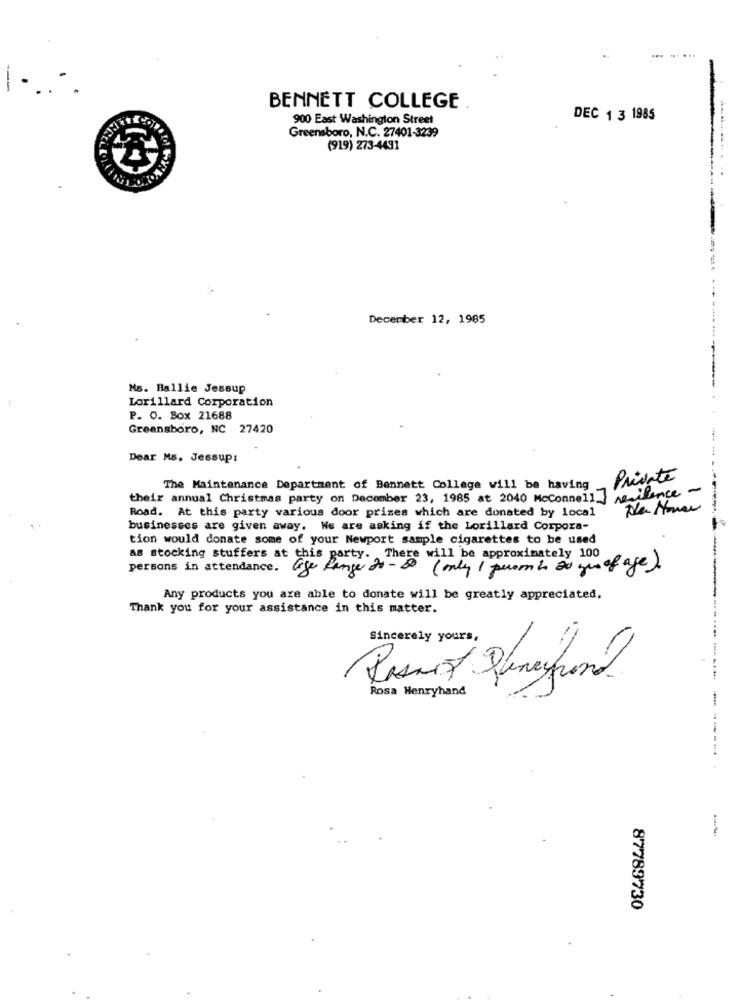
--
BENNETT COLLEGE
900 East Washington Street
DEC 1 3 1985
Greensboro, N.C. 27401-3239
(919) 273-4491
December 12, 1985
Ms. Ballie Jessup
-----
Lorillard Corporation
P. O. Box 21688
Greensboro, NC 27420
Dear Ms. Jessup:
Private
The Maintenance Department of Bennett College will be having
residence -
their annual Christmas party on December 23, 1985 at 2040 McConnell_
Road. At this party various door prizes which are donated by local
businesses are given away. We are asking if the Lorillard Corpora-
tion would donate some of your Newport sample cigarettes to be used
as stocking stuffers at this party. There will be approximately 100
persons in attendance.
age Range 20 - 80 ( only 1 person in 20 yu of age).
Any products you are able to donate will be greatly appreciated.
Thank you for your assistance in this matter.
Sincerely yours,
---
Rosario Janeironel
Rosa Henryhand
87789730